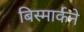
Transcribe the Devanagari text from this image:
बिस्मार्कने